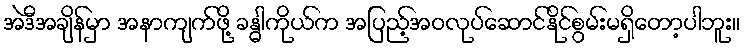
အဲဒီအချိန်မှာ အနာကျက်ဖို့ ခန္ဓါကိုယ်က အပြည့်အဝလုပ်ဆောင်နိုင်စွမ်းမရှိတော့ပါဘူး။